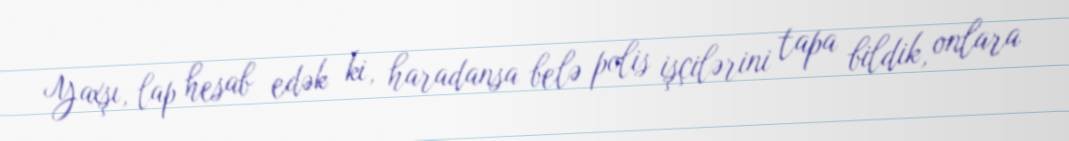
Yaxşı, lap hesab edək ki, haradansa belə polis işçilərini tapa bildik, onlara